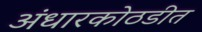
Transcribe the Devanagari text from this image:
अंधारकोठडीत